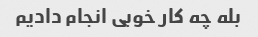
بله چه کار خوبی انجام دادیم